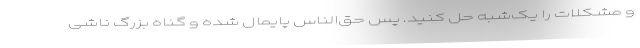
و مشکلات را یک‌شبه حل کنید. پس حق‌الناس پایمال شده و گناه بزرگ ناشی